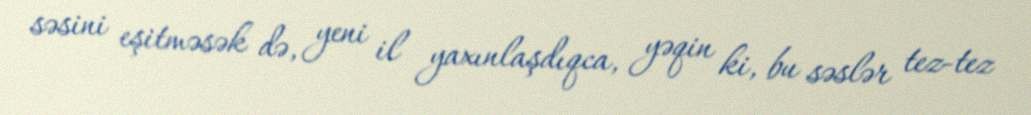
səsini eşitməsək də, yeni il yaxınlaşdıqca, yəqin ki, bu səslər tez-tez